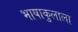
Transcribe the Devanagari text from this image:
भाषाकुलाला